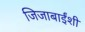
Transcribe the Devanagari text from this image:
जिजाबाईंशी